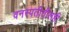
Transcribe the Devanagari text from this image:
वनस्पतीतीलही